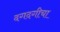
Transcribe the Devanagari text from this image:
दगदगीचा